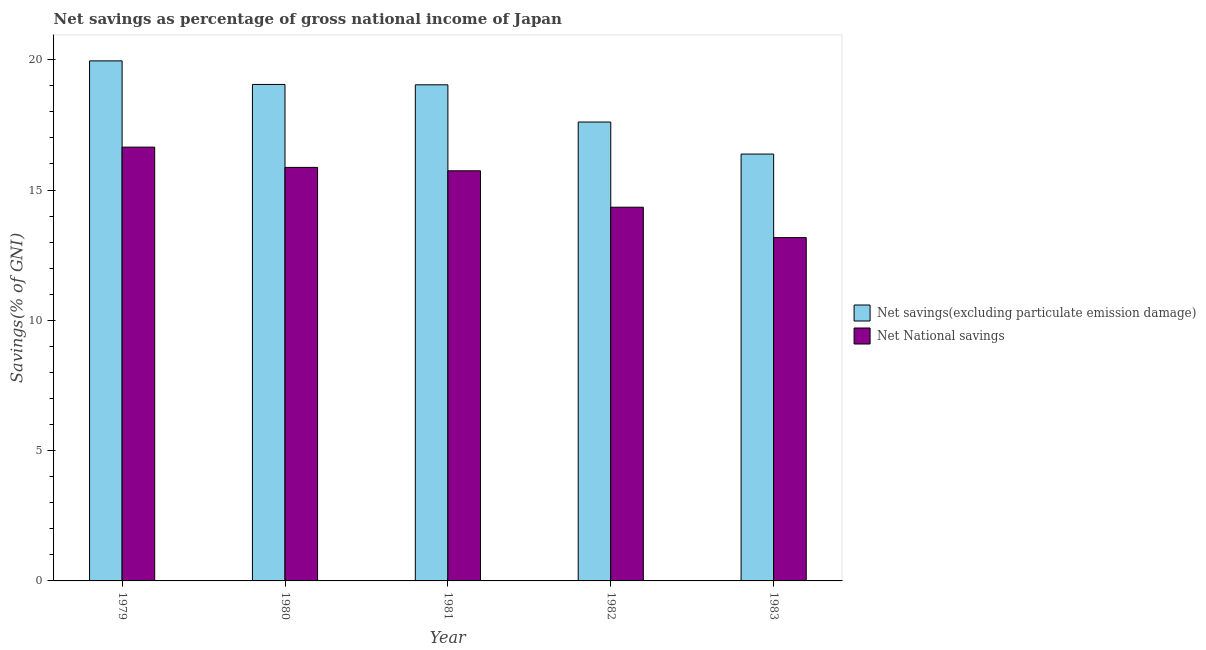
| Year | Net savings(excluding particulate emission damage) | Net National savings |
 | --- | --- | --- |
 | 1979 | 20 | 16.6 |
 | 1980 | 19.1 | 15.9 |
 | 1981 | 19 | 15.7 |
 | 1982 | 17.6 | 14.3 |
 | 1983 | 16.4 | 13.2 |